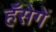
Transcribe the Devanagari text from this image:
हँसेगें